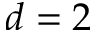
d = 2